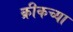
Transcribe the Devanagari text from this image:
क्रीकच्या